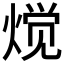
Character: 𱫩